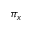
\pi _ { x }